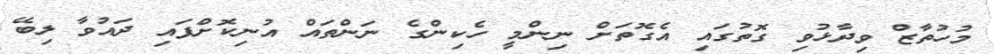
މުހުތާޒް ވިދާޅުވި ގޮތުގައި އެގޮތަށް ނިންމީ ހެކިންގެ ނަންތައް އުނިކޮށްފައި ދައުވާ ލިބޭ